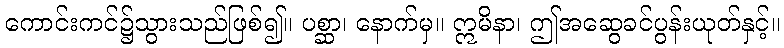
ကောင်းကင်၌သွားသည်ဖြစ်၍။ ပစ္ဆာ၊ နောက်မှ။ ဣမိနာ၊ ဤအဆွေခင်ပွန်းယုတ်နှင့်။